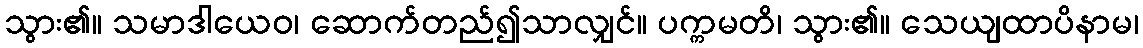
သွား၏။ သမာဒါယေဝ၊ ဆောက်တည်၍သာလျှင်။ ပက္ကမတိ၊ သွား၏။ သေယျထာပိနာမ၊